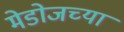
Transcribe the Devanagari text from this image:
मेडोजच्या